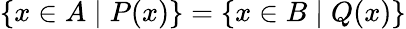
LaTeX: \{ x\in A\mid P(x)\} =\{ x\in B\mid Q(x)\}